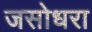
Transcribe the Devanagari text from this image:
जसोधरा